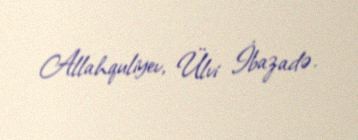
Allahquliyev, Ülvi İbazadə.